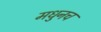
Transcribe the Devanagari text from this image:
मधुनच